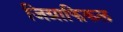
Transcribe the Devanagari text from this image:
जिग्राफिकल